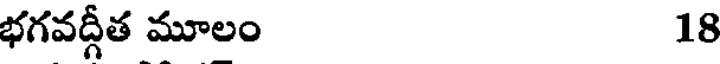
భగవద్గీత మూలం 18